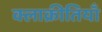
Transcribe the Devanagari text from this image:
क्लाक्रीतियाँ